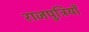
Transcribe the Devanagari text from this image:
राजपुत्रियों